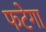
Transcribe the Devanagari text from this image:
फटेगा